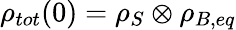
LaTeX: \rho_{tot}(0)=\rho_{S}\otimes\rho_{B,eq}